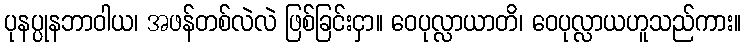
ပုနပ္ပုနဘာဝါယ၊ အဖန်တစ်လဲလဲ ဖြစ်ခြင်းငှာ။ ဝေပုလ္လာယာတိ၊ ဝေပုလ္လာယဟူသည်ကား။